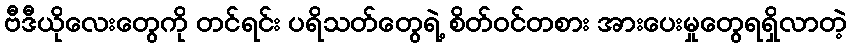
ဗီဒီယိုလေးတွေကို တင်ရင်း ပရိသတ်တွေရဲ့ စိတ်ဝင်တစား အားပေးမှုတွေရရှိလာတဲ့